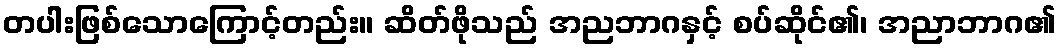
တပါးဖြစ်သောကြောင့်တည်း။ ဆိတ်ဖိုသည် အညဘာဂနှင့် စပ်ဆိုင်၏၊ အညာဘာဂ၏